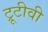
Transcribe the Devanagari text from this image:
ट्रूटीवी